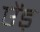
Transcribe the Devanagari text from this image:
ऐंड़